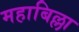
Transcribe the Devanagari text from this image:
महाबिल्ला